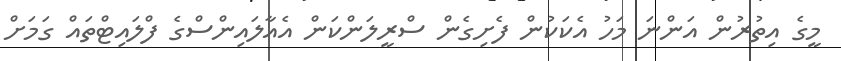
މީގެ އިތުރުން އަންނަ މަހު އެކަކުން ފެށިގެން ސްރީލަންކަން އެއާލައިންސްގެ ފްލައިޓްތައް ގަމަށް